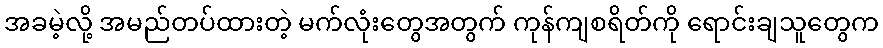
အခမဲ့လို့ အမည်တပ်ထားတဲ့ မက်လုံးတွေအတွက် ကုန်ကျစရိတ်ကို ရောင်းချသူတွေက